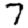
Digit: 7